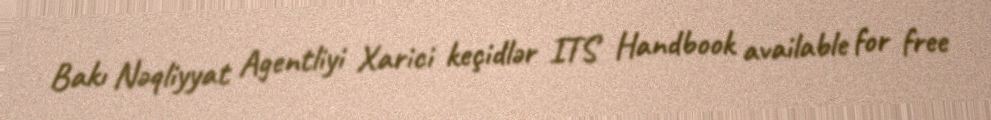
Bakı Nəqliyyat Agentliyi Xarici keçidlər ITS Handbook available for free